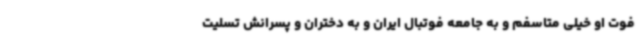
فوت او خیلی متاسفم و به جامعه فوتبال ایران و به دختران و پسرانش تسلیت